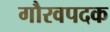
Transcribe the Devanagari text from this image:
गौरवपदक